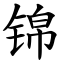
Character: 锦